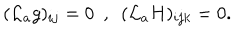
( { \cal L } _ { a } g ) _ { i j } = 0 \ \ , \ \ ( { \cal L } _ { a } H ) _ { i j k } = 0 .